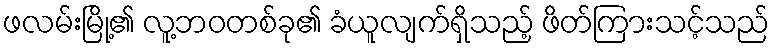
ဖလမ်းမြို့၏ လူ့ဘဝတစ်ခု၏ ခံယူလျက်ရှိသည့် ဖိတ်ကြားသင့်သည်